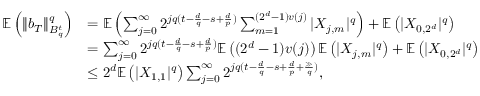
\begin{array} { r l } { \mathbb { E } \left( \| b _ { T } \| _ { B _ { q } ^ { t } } ^ { q } \right) } & { = \mathbb { E } \left( \sum _ { j = 0 } ^ { \infty } 2 ^ { j q ( t - \frac { d } { q } - s + \frac { d } { p } ) } \sum _ { m = 1 } ^ { ( 2 ^ { d } - 1 ) v ( j ) } | X _ { j , m } | ^ { q } \right) + \mathbb { E } \left( | X _ { 0 , { 2 ^ { d } } } | ^ { q } \right) } \\ & { = \sum _ { j = 0 } ^ { \infty } 2 ^ { j q ( t - \frac { d } { q } - s + \frac { d } { p } ) } \mathbb { E } \left( ( 2 ^ { d } - 1 ) v ( j ) \right) \mathbb { E } \left( | X _ { j , m } | ^ { q } \right) + \mathbb { E } \left( | X _ { 0 , { 2 ^ { d } } } | ^ { q } \right) } \\ & { \le 2 ^ { d } \mathbb { E } \left( | X _ { 1 , 1 } | ^ { q } \right) \sum _ { j = 0 } ^ { \infty } 2 ^ { j q ( t - \frac { d } { q } - s + \frac { d } { p } + \frac { \gg } { q } ) } , } \end{array}